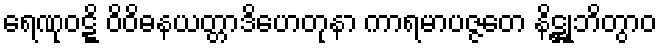
ရေဏုဝဋ္ဋိ ဝိဝိဓနယတ္တာဒိဟေတုနာ ကာရမာပဇ္ဇတေ နိဋ္ဌုဘိတွာဝ